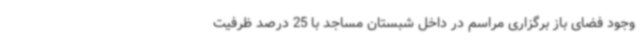
وجود فضای باز برگزاری مراسم در داخل شبستان مساجد با 25 درصد ظرفیت